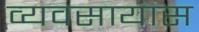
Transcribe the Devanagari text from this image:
व्‍यवसायास